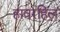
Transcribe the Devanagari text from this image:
हावरहिल